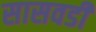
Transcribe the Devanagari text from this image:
सासवडी